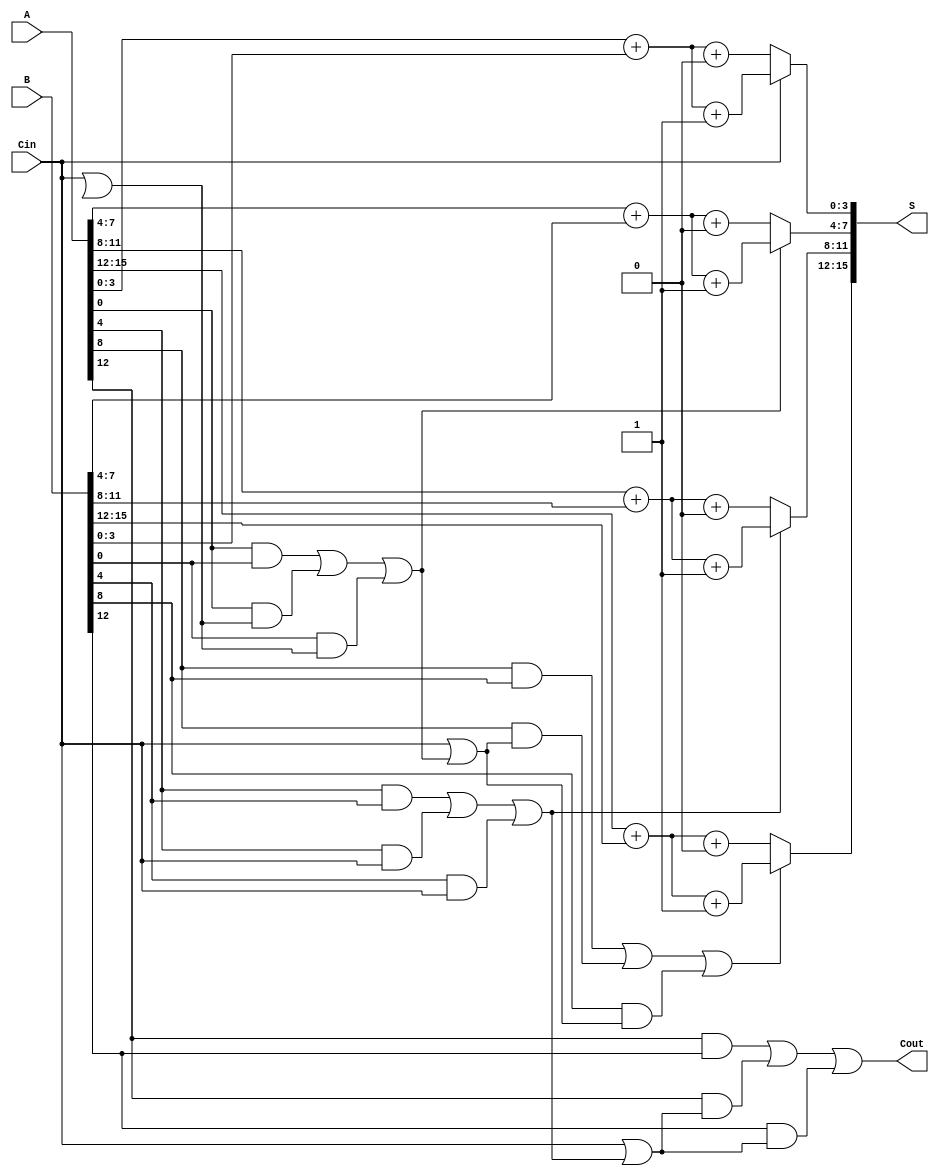
module han_carlson_adder #(parameter N = 16, // Width of the inputs
                            parameter K = 4) // Width of each block
(
    input  [N-1:0] A,      // First input
    input  [N-1:0] B,      // Second input
    input  Cin,            // Carry-in
    output [N-1:0] S,      // Sum output
    output Cout            // Carry-out
);

    // Number of blocks
    localparam NUM_BLOCKS = N / K;

    // Intermediate signals
    wire [K-1:0] sum0 [0:NUM_BLOCKS-1]; // Sum when carry-in is 0
    wire [K-1:0] sum1 [0:NUM_BLOCKS-1]; // Sum when carry-in is 1
    wire carry_out [0:NUM_BLOCKS-1];     // Carry-out for each block
    wire carry_select [0:NUM_BLOCKS-1];  // Carry selection for MUX

    genvar i;
    generate
        for (i = 0; i < NUM_BLOCKS; i = i + 1) begin : adder_blocks
            // Calculate the block's sum when carry-in is 0
            assign sum0[i] = A[K*i +: K] + B[K*i +: K] + 0; // Sum with Cin = 0
            // Calculate the block's sum when carry-in is 1
            assign sum1[i] = A[K*i +: K] + B[K*i +: K] + 1; // Sum with Cin = 1
            
            // Calculate carry-out for this block
            assign carry_out[i] = (A[K*i +: K] & B[K*i +: K]) | (A[K*i +: K] & (Cin | carry_select[i-1])) | (B[K*i +: K] & (Cin | carry_select[i-1]));
            
            // Select carry for the next block
            if (i == 0) begin
                assign carry_select[i] = Cin; // For the first block, use Cin directly
            end else begin
                assign carry_select[i] = carry_out[i-1]; // For subsequent blocks
            end
        end
    endgenerate

    // Final output sum and carry-out
    generate
        for (i = 0; i < NUM_BLOCKS; i = i + 1) begin : sum_output
            assign S[K*i +: K] = carry_select[i] ? sum1[i] : sum0[i]; // Select sum based on carry
        end
    endgenerate

    assign Cout = carry_out[NUM_BLOCKS-1]; // Final carry-out from the last block

endmodule